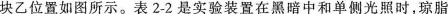
块乙位置如图所示。表2-2是实验装置在黑暗中和单侧光照时，琼脂